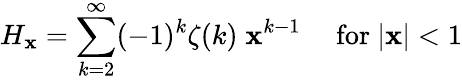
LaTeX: H_{\mathbf{x}}=\sum_{k=2}^{\infty}(-1)^{k}\zeta(k)\; \mathbf{x}^{k-1}\quad{\mathrm{{~for~}}}|\mathbf{x}|<1